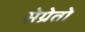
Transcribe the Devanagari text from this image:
सेग्रेतो